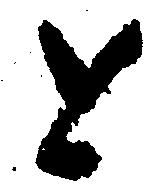
と